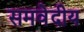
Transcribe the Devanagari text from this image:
समवेदीय